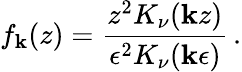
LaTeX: f_{\mathbf{k}}(z)={\frac{{z^{2}K_{\nu}(\mathbf{k}z)}}{{\epsilon^{2}K_{\nu}(\mathbf{k}\epsilon)}}}\, .